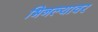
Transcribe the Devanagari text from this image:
भिनल्यावर